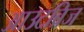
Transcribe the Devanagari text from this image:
आउटब्रिज